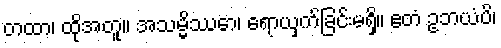
တထာ၊ ထိုအတူ။ အသမ္မိဿော၊ ရောယှက်ခြင်းမရှိ။ ဧတံ ဥဘယံပိ၊